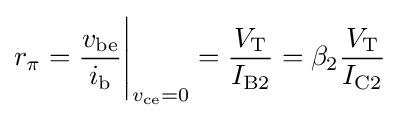
r_{\pi }={\frac {v_{\text{be}}}{i_{\text{b}}}}{\Bigg |}_{v_{\text{ce}}=0}={\frac {V_{\text{T}}}{I_{\text{B2}}}}=\beta _{2}{\frac {V_{\text{T}}}{I_{\text{C2}}}}\